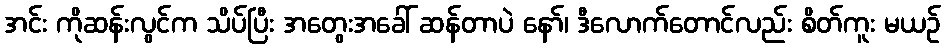
အင်း ကိုဆန်းလွင်က သိပ်ပြီး အတွေးအခေါ် ဆန်တာပဲ နော်၊ ဒီလောက်တောင်လည်း စိတ်ကူး မယဉ်